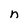
Character: n